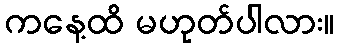
ကနေ့ထိ မဟုတ်ပါလား။